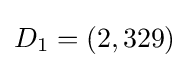
D_{1}=\left(2,329\right)